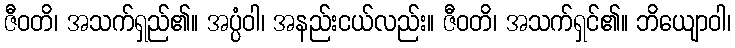
ဇီဝတိ၊ အသက်ရှည်၏။ အပ္ပံဝါ၊ အနည်းငယ်လည်း။ ဇီဝတိ၊ အသက်ရှင်၏။ ဘိယျောဝါ၊